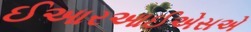
ઈઆરઆઈએસએ